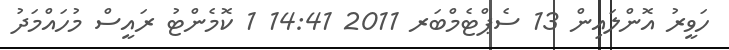
ހަވީރު އޮންލައިން 13 ސެޕްޓެމްބަރ 2011 14:41 1 ކޮމެންޓު ރައީސް މުހައްމަދު